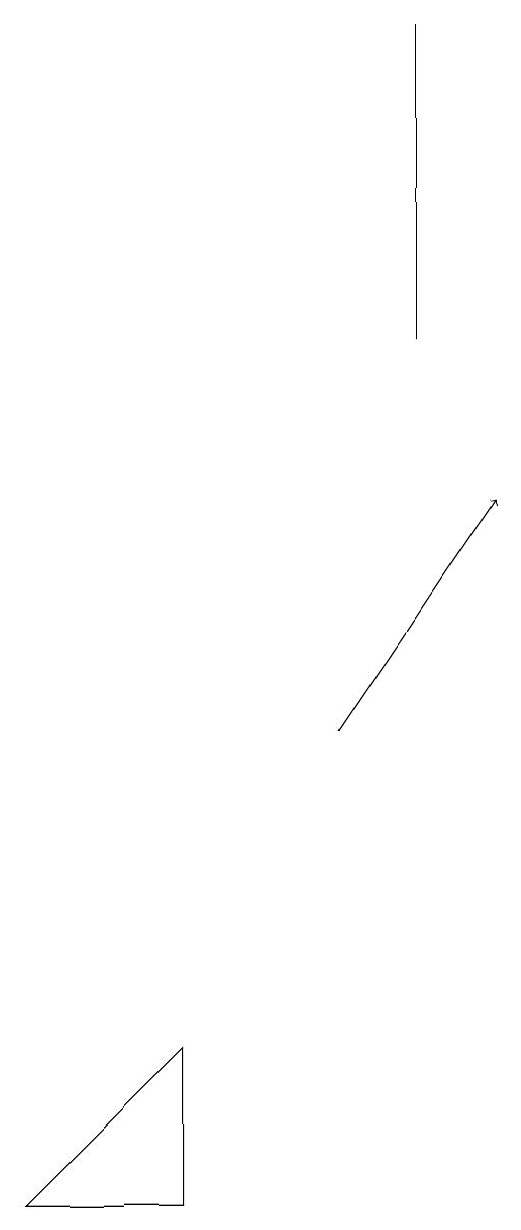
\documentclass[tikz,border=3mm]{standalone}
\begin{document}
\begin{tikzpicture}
\draw (5,19) rectangle (5,15);
\draw[->] (4,10) -- (6,13);
\draw (2,4) -- (2,6) -- (0,4) -- cycle;
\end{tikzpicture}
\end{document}